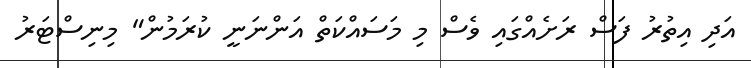
އަދި އިތުރު ފަސް ރަށެއްގައި ވެސް މި މަސައްކަތް އަންނަނީ ކުރަމުން" މިނިސްޓަރު